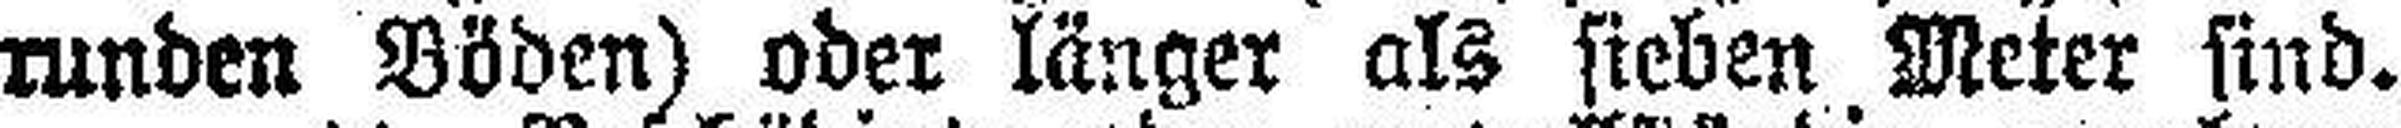
runden Böden) oder länger als sieben Meter sind.